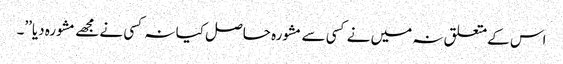
اس کےمتعلق نہ میں نے کسی سے مشورہ حاصل کیا نہ کسی نے مجھے مشورہ دیا’’۔